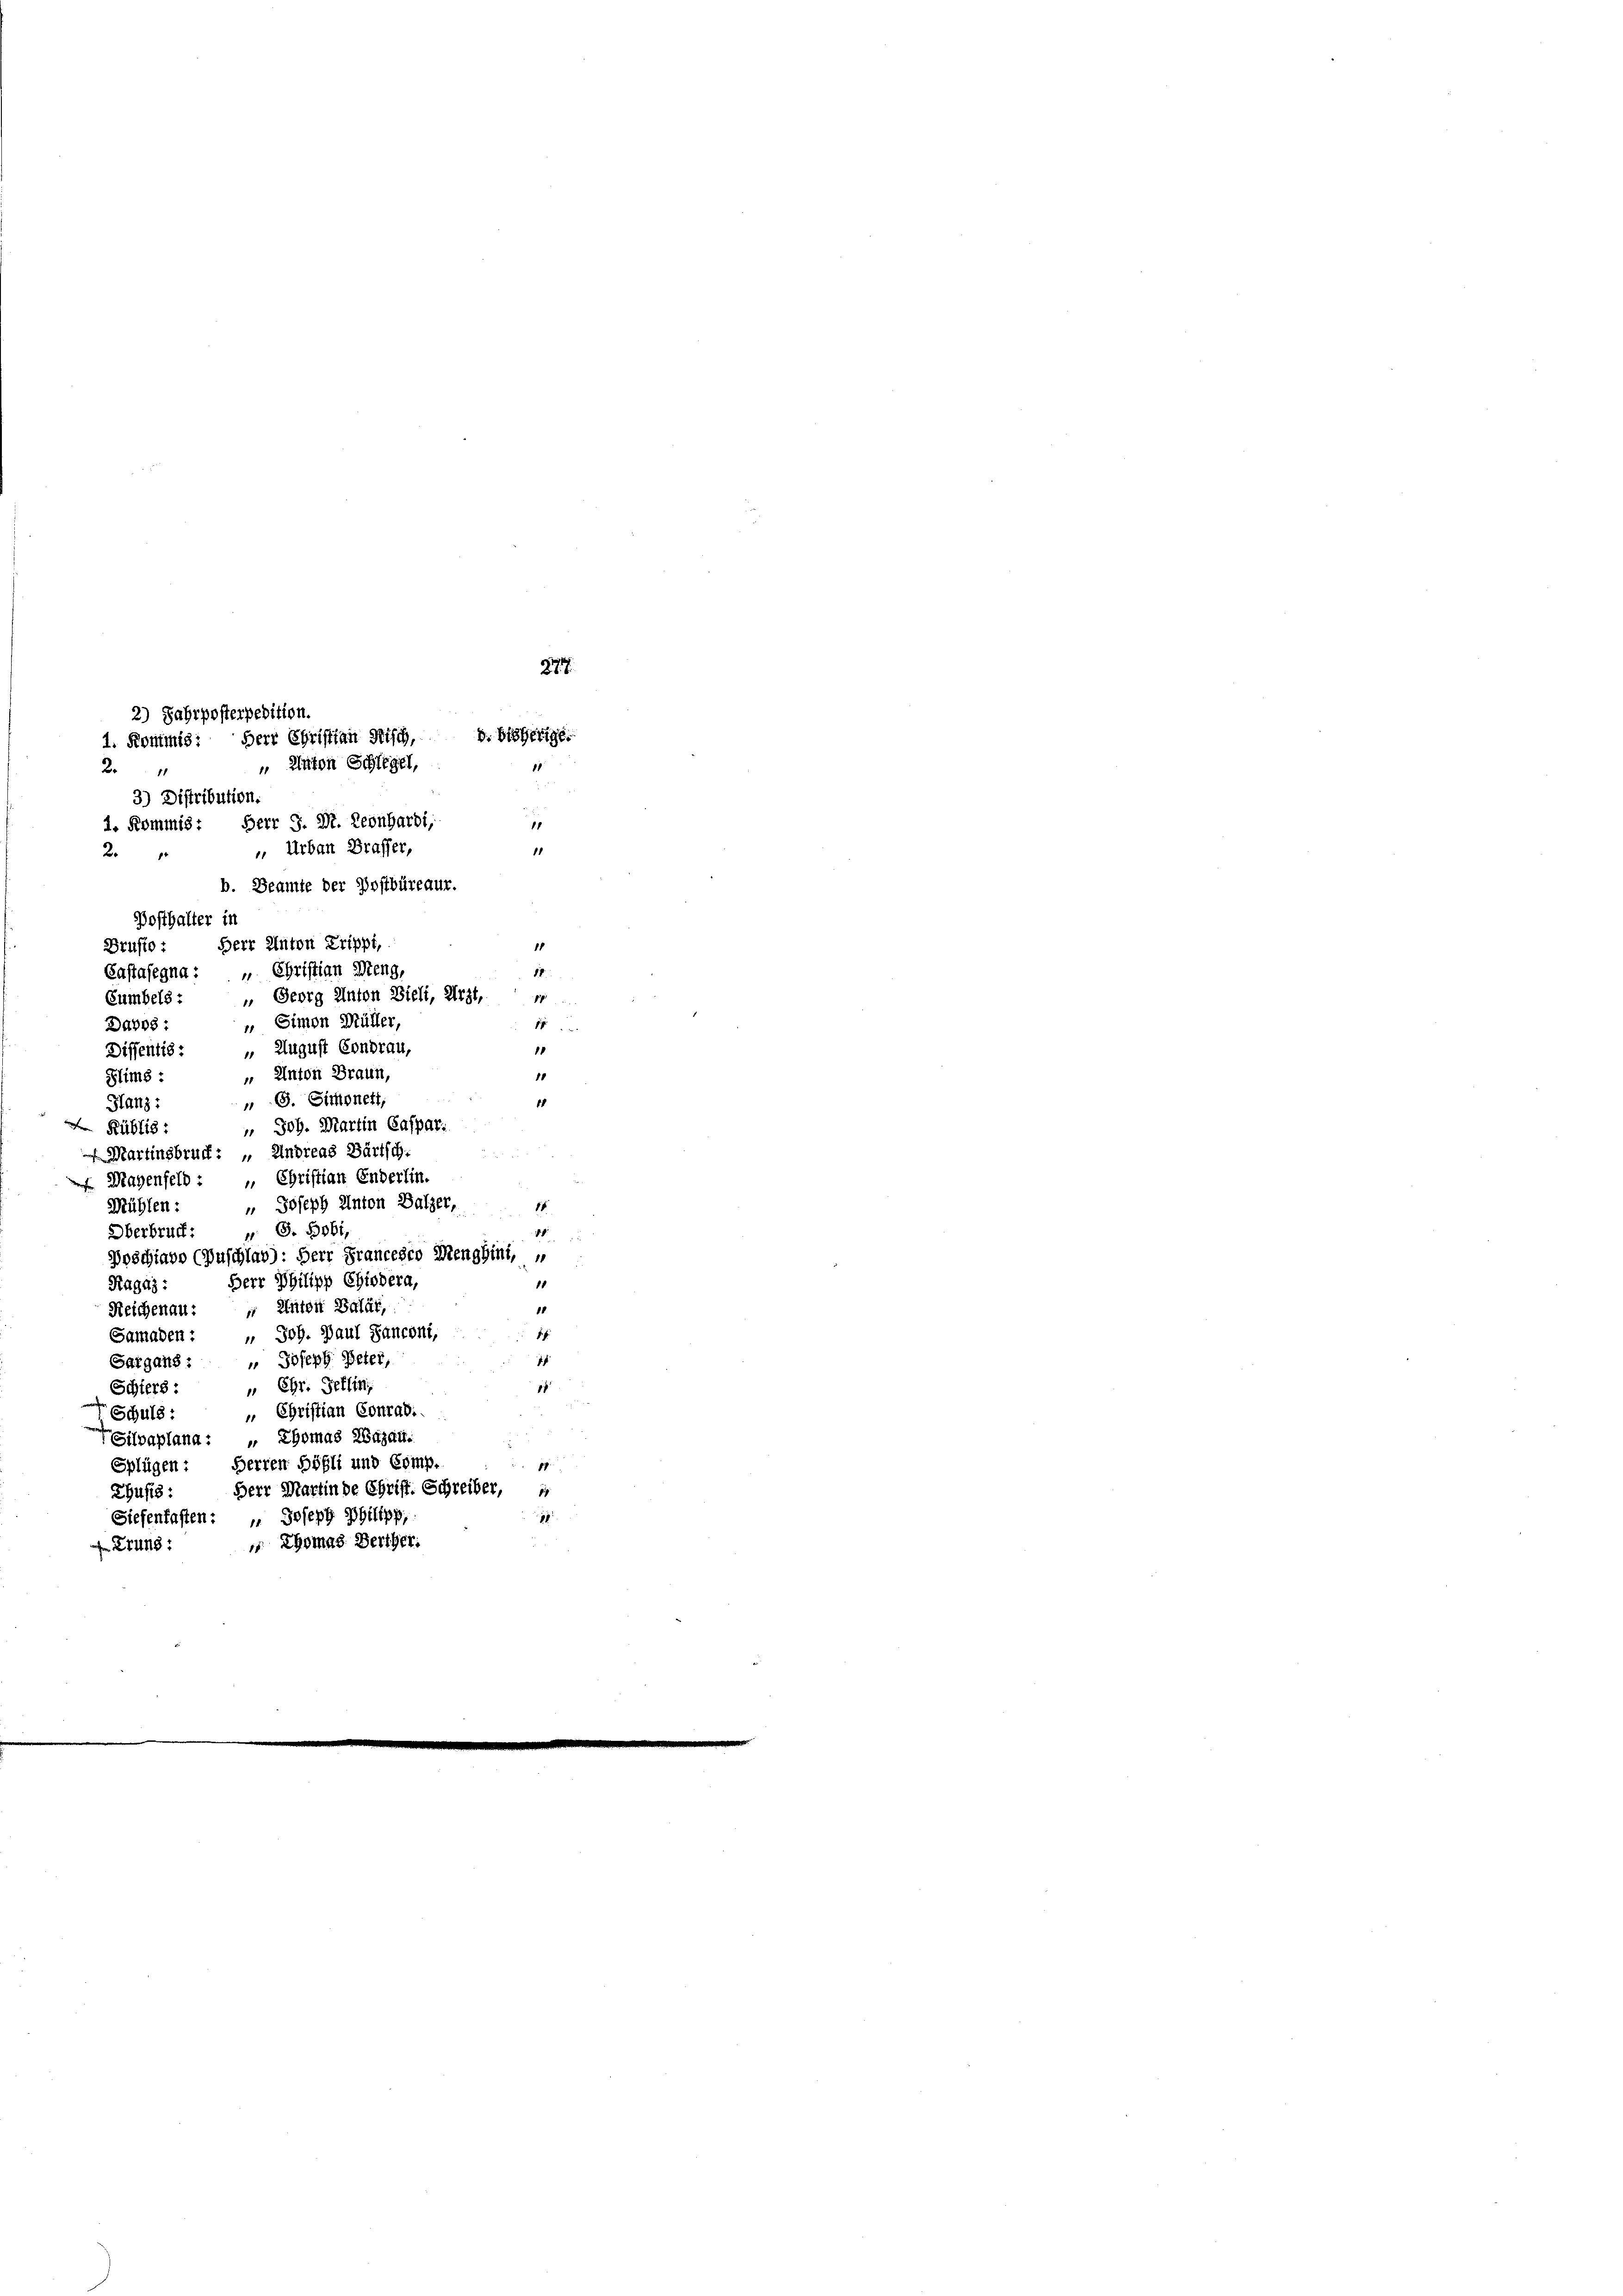
2) Fahrposterpedition.
2
3) Distribution.
1. Kommis: Herr J. Dr. Leonhardi,
1
 Urban Braffer,
1
2.
1
b. Beamte der Postbüreaur
Posthalter in
Herr Anton Prippt,
Drusto
Castafegna : „ Christian Meng,
 Georg Anton Bieli, Arzt,
Sumbels:
7
 Simon Müller,
1
Davos :
1
 August Condrau,
Diffentis:
" Anton Braun,
Flims:
" G. Simonett,
1
Hanz:
" Joh. Martin Caspar.
Rüblis:
Martinsbruch: „ Andreas Bartsch.
Magenfeld: „ Christian Enderlin.
Joseph Anton Balzer,
Mühlen:
15
.
 S. 3061,
Oberbruch
Poschiavo (Zuschlag): Herr Francesco Menghini,
Herr Philipp Chiedera,
1
Ragaz:
" Anton Balat,
1
Reichenau
 Joh. Paul Panconi,
1
Samaden :
1
" Joseph Peter,
Sargans:
 Chr. Pellin,
17
Schlers:
„ Christian Conradi
Schuld:
Silvaplana: Thomas Zigau.
Splügen: Herren Höfli und Comp.
17
Herr Martin de Christ. Schreiber,
Zuss:
17
Siefenfassen: " Joseph Philipp,
 Thomas Berther:
 Krung:

d. Bisherige
1. Kommis: Herr Christian Fisch,
" Anton Schlegel,

277.